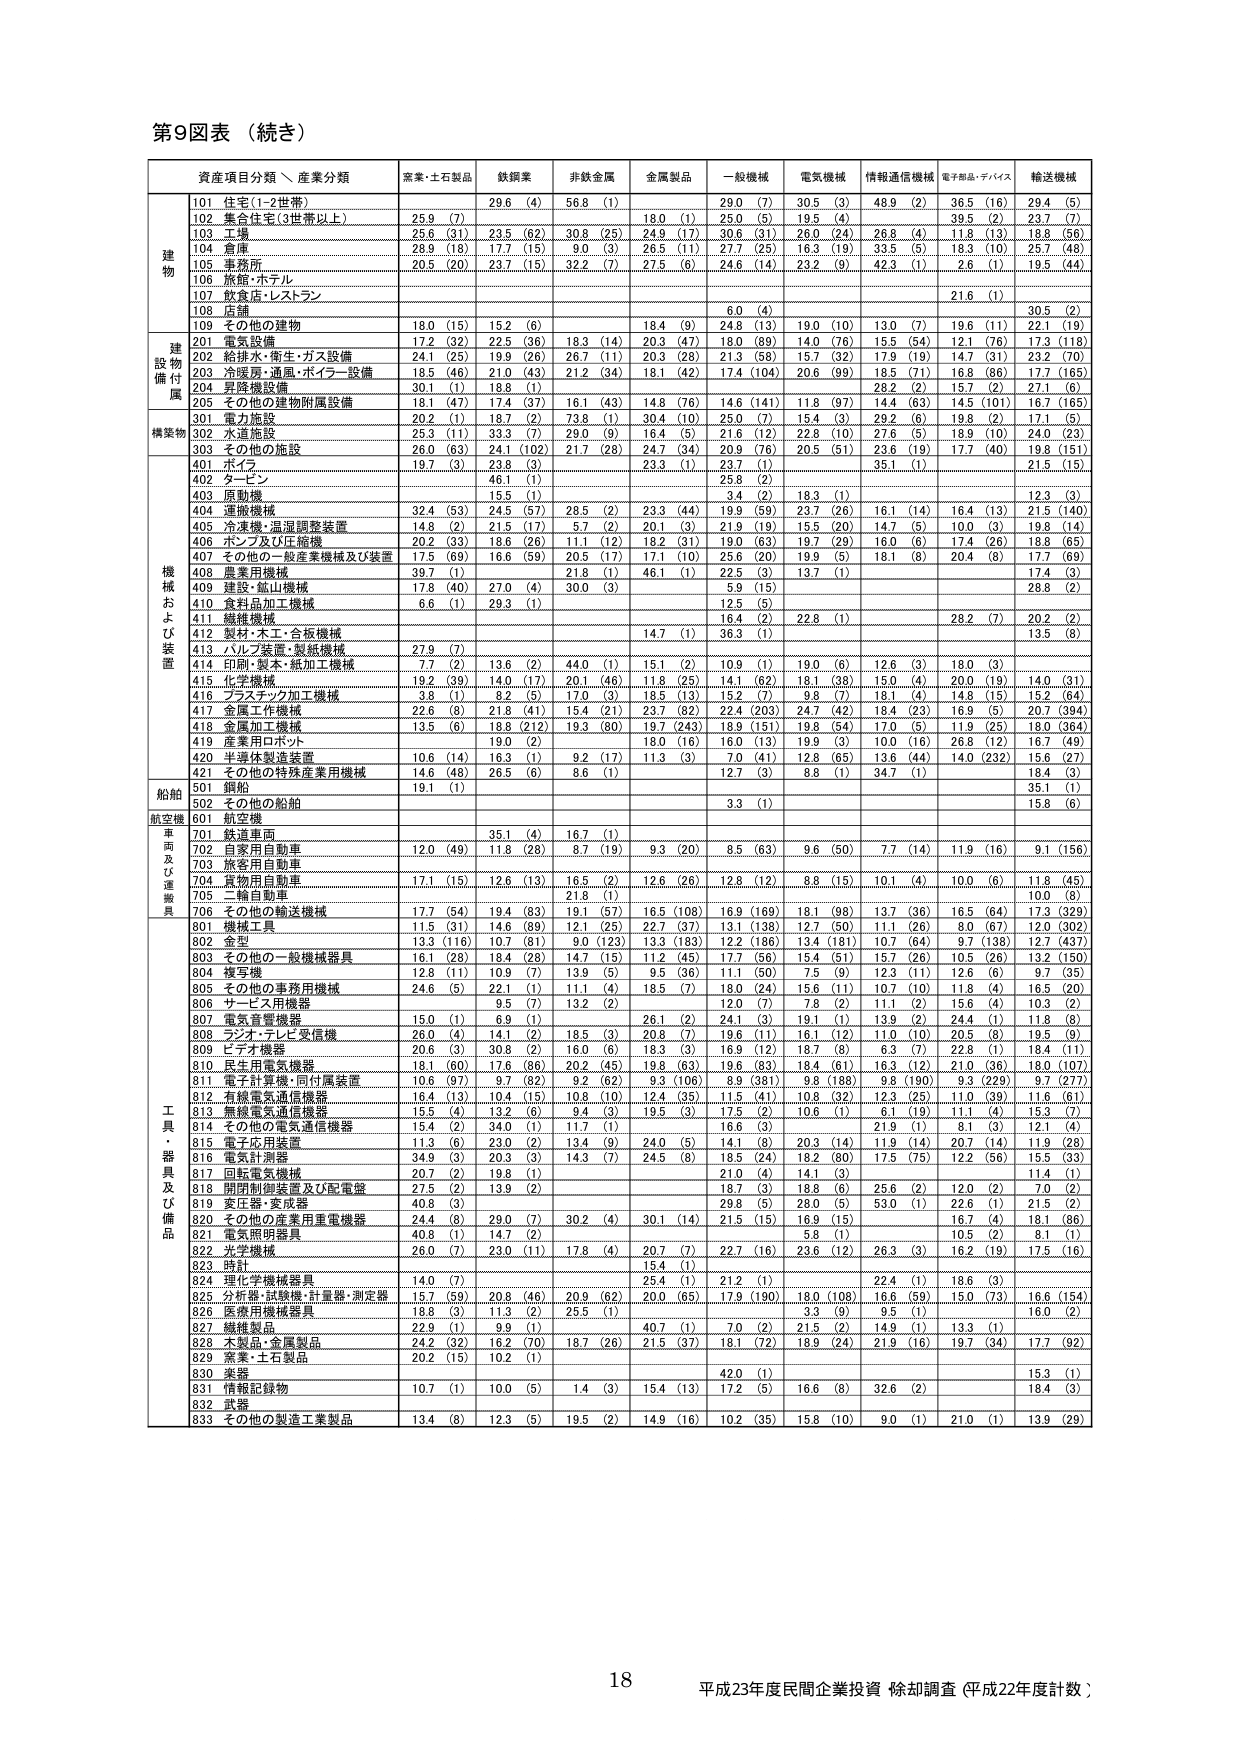
第9図表（続き）

資産項目分類、産業分類　　窯業・土石製品　　鉄鋼業　　非鉄金属　　金属製品　　一般機械　　電気機械　　情報通信機械　　電子部品・デバイス　　輸送機械

建物
101 住宅(1-2世帯)